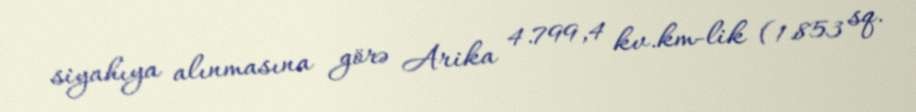
siyahıya alınmasına görə Arika 4.799,4 kv.km-lik (1.853 sq.